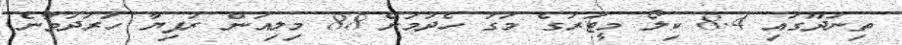
ތިނަދޫގައި 8.4 ކިލޯ މީޓަރުގެ މަގު ހެދުމަށް 88 މިލިއަން ރުފިޔާ ހަރަދުވާނެ